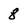
Character: 8